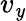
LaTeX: v_{\mathit{y}}